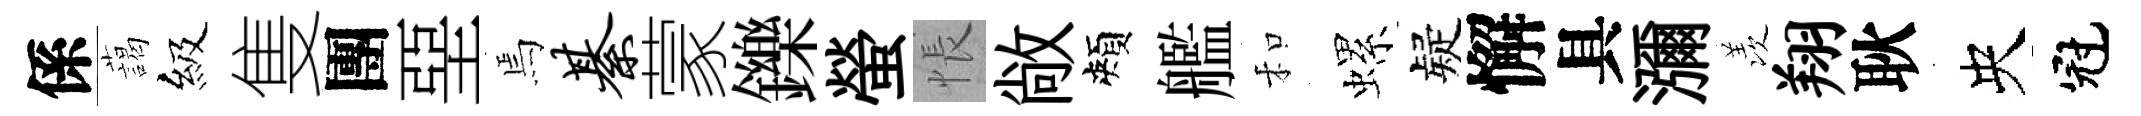
係藹級隻團堊焉綦蒙鑠螢悵敞頰艦和螺疑懈具瀰羡翔耿央冠